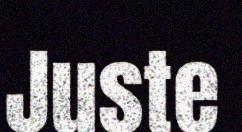
Juste